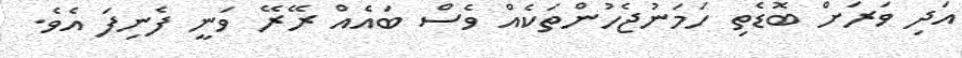
އަދި ވަރަށް ބޮޑެތި ހަމަނުޖެހުންތަކެއް ވެސް ބައެއް ރޭރޭ ވަނީ ފެނިފަ އެވެ.